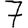
Digit: 7